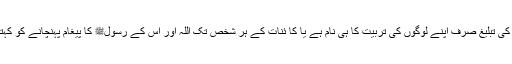
کیا دین کی تبلیغ صرف اپنے لوگوں کی تربیت کا ہی نام ہے یا کا ئنات کے ہر شخص تک اللہ اور اس کے رسولﷺ کا پیغام پہنچانے کو کہتے ہیں؟